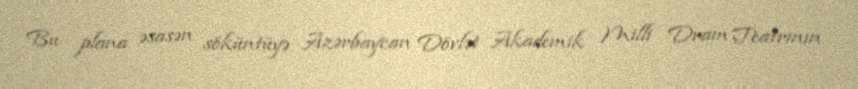
Bu plana əsasən söküntüyə Azərbaycan Dövlət Akademik Milli Dram Teatrının